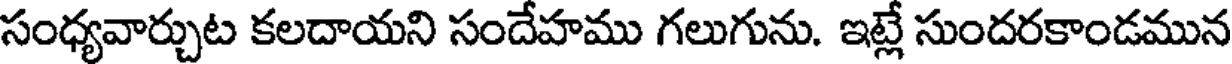
సంధ్యవార్చుట కలదాయని సందేహము గలుగును. ఇట్లే సుందరకాండమున